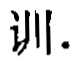
训.